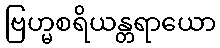
ဗြဟ္မစရိယန္တရာယော